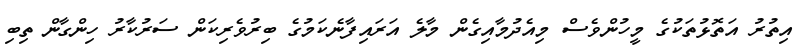
އިތުރު އަތޮޅުތަކުގެ މީހުންވެސް މިއެދުމާއިގެން މާލެ އަރައިފާނެކަމުގެ ބިރުވެރިކަން ސަރުކާރު ހިންގާން ތިބި